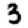
Digit: 3